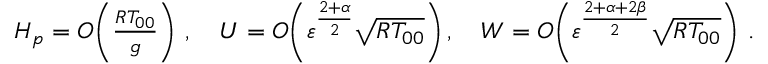
\begin{array} { r } { H _ { p } = { O } \! \left( \frac { R T _ { 0 0 } } { g } \right) \, , \quad U = { O } \! \left( { \varepsilon } ^ { \frac { 2 + \alpha } { 2 } } \sqrt { R T _ { 0 0 } } \right) , \quad W = { O } \! \left( { \varepsilon } ^ { \frac { 2 + \alpha + 2 \beta } { 2 } } \sqrt { R T _ { 0 0 } } \right) \, . } \end{array}